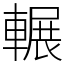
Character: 輾